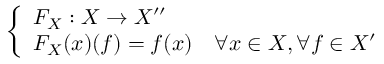
\left\{ \begin{array} { l l } { F _ { X } : X \to X ^ { \prime \prime } } \\ { F _ { X } ( x ) ( f ) = f ( x ) } & { \forall x \in X , \forall f \in X ^ { \prime } } \end{array} \right.